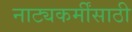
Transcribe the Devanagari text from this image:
नाट्यकर्मींसाठी